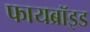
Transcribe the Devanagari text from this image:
फायब्रॉइड